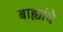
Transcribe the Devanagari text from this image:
बाह्यांचे